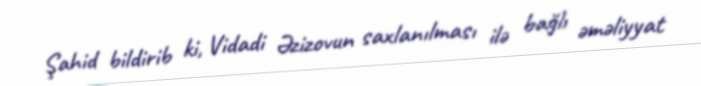
Şahid bildirib ki, Vidadi Əzizovun saxlanılması ilə bağlı əməliyyat